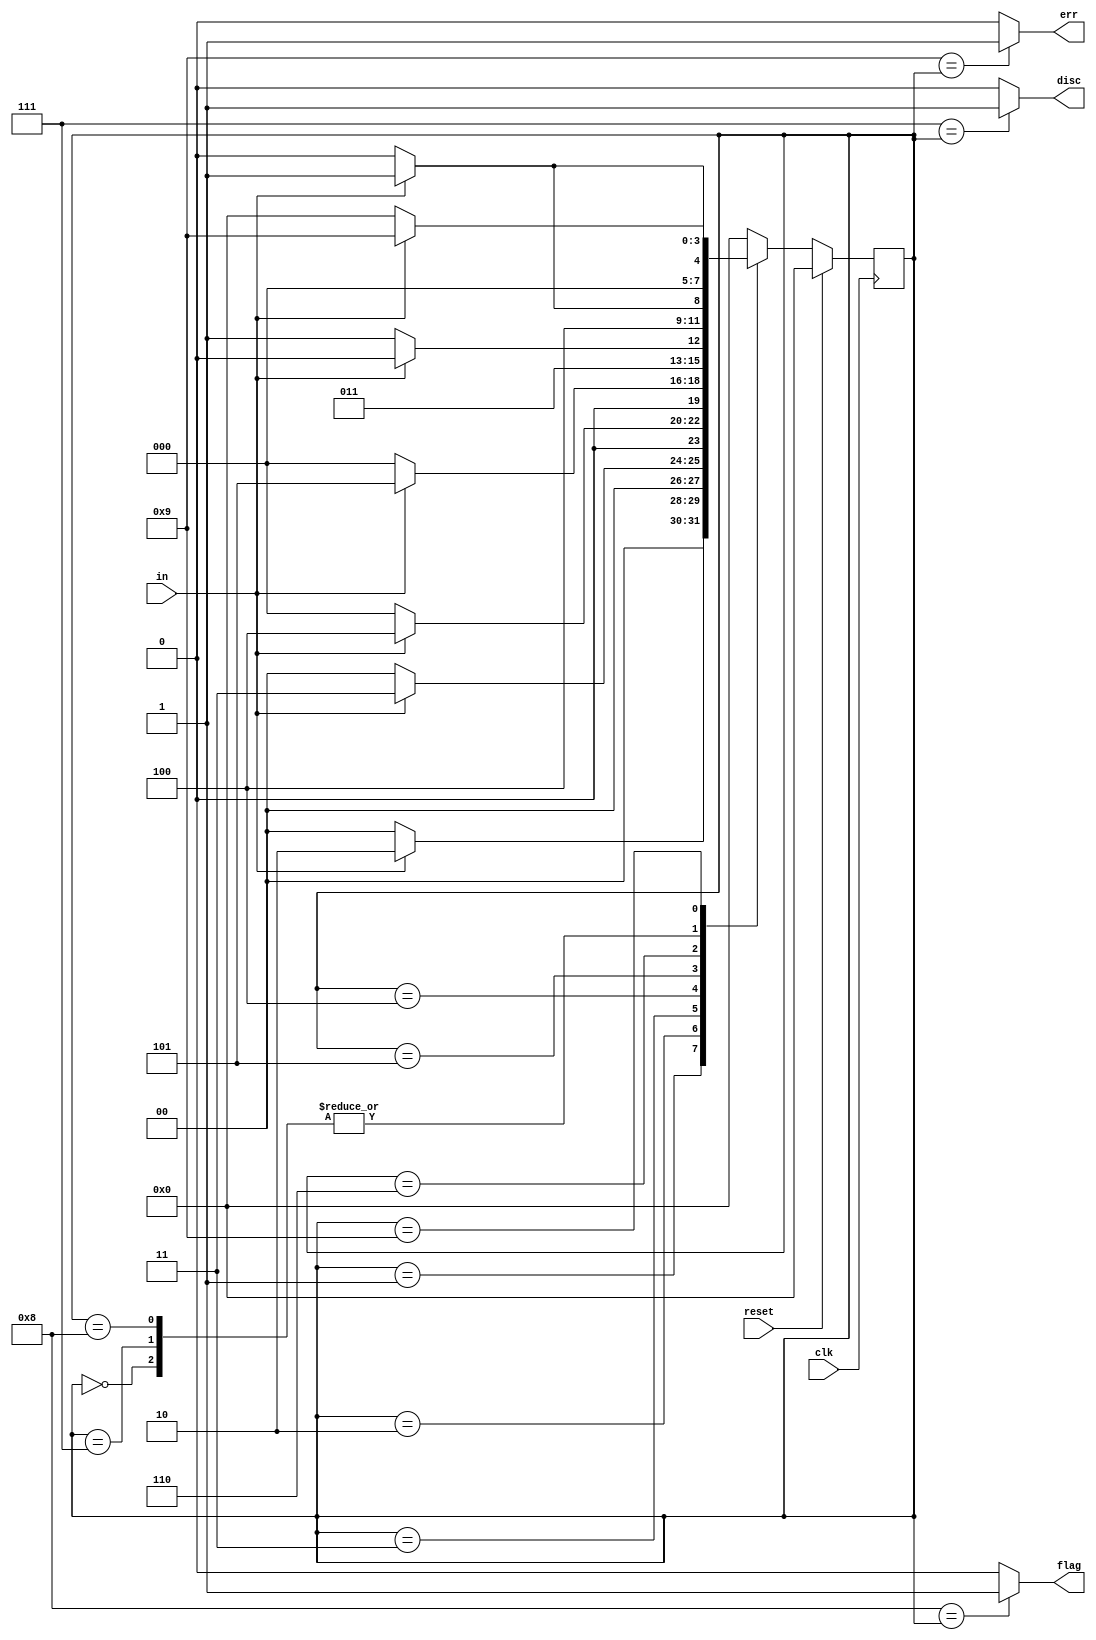
module top_module(
    input clk,
    input reset,    // Synchronous reset
    input in,
    output disc,
    output flag,
    output err);

    localparam 	IDLE=0,
    			BIT1=1,
    			BIT2=2,
    			BIT3=3,
    			BIT4=4,
    			BIT5=5,
    			BIT6=6,
    			DISCARD=7,
    			FRAME=8,
    			ERROR=9;
    
    reg [3:0]	current_state, next_state;
    
    always @ ( posedge clk ) begin
        if (reset )
            current_state <= IDLE;
        else
            current_state <= next_state;
    end
    
    always @ (*) begin
        case ( current_state )
            IDLE:		next_state = in ? BIT1 : IDLE;
            BIT1:		next_state = in ? BIT2 : IDLE;
            BIT2:		next_state = in ? BIT3 : IDLE;
            BIT3:		next_state = in ? BIT4 : IDLE;
            BIT4:		next_state = in ? BIT5 : IDLE;
            BIT5:		next_state = in ? BIT6 : DISCARD;
            BIT6:		next_state = in ? ERROR : FRAME;
            DISCARD:	next_state = in ? BIT1 : IDLE;
            FRAME:		next_state = in ? BIT1 : IDLE;
            ERROR:		next_state = in ? ERROR : IDLE;
            default:	next_state = IDLE;
        endcase
    end
    
    assign disc = ( DISCARD == current_state ) ? 1'b1 : 1'b0;
    assign err	= ( ERROR == current_state ) ? 1'b1 : 1'b0;
    assign flag = ( FRAME == current_state ) ? 1'b1 : 1'b0;
    
endmodule